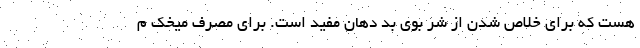
هست که برای خلاص شدن از شر بوی بد دهان مفید است. برای مصرف میخک م